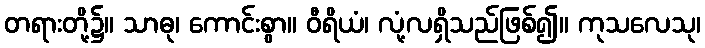
တရားတို့၌။ သာဓု၊ ကောင်းစွာ။ ဝီရိယံ၊ လုံ့လရှိသည်ဖြစ်၍။ ကုသလေသု၊